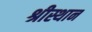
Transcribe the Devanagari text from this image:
श्रीस्थान